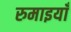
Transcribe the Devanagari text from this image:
रुमाइयाँ